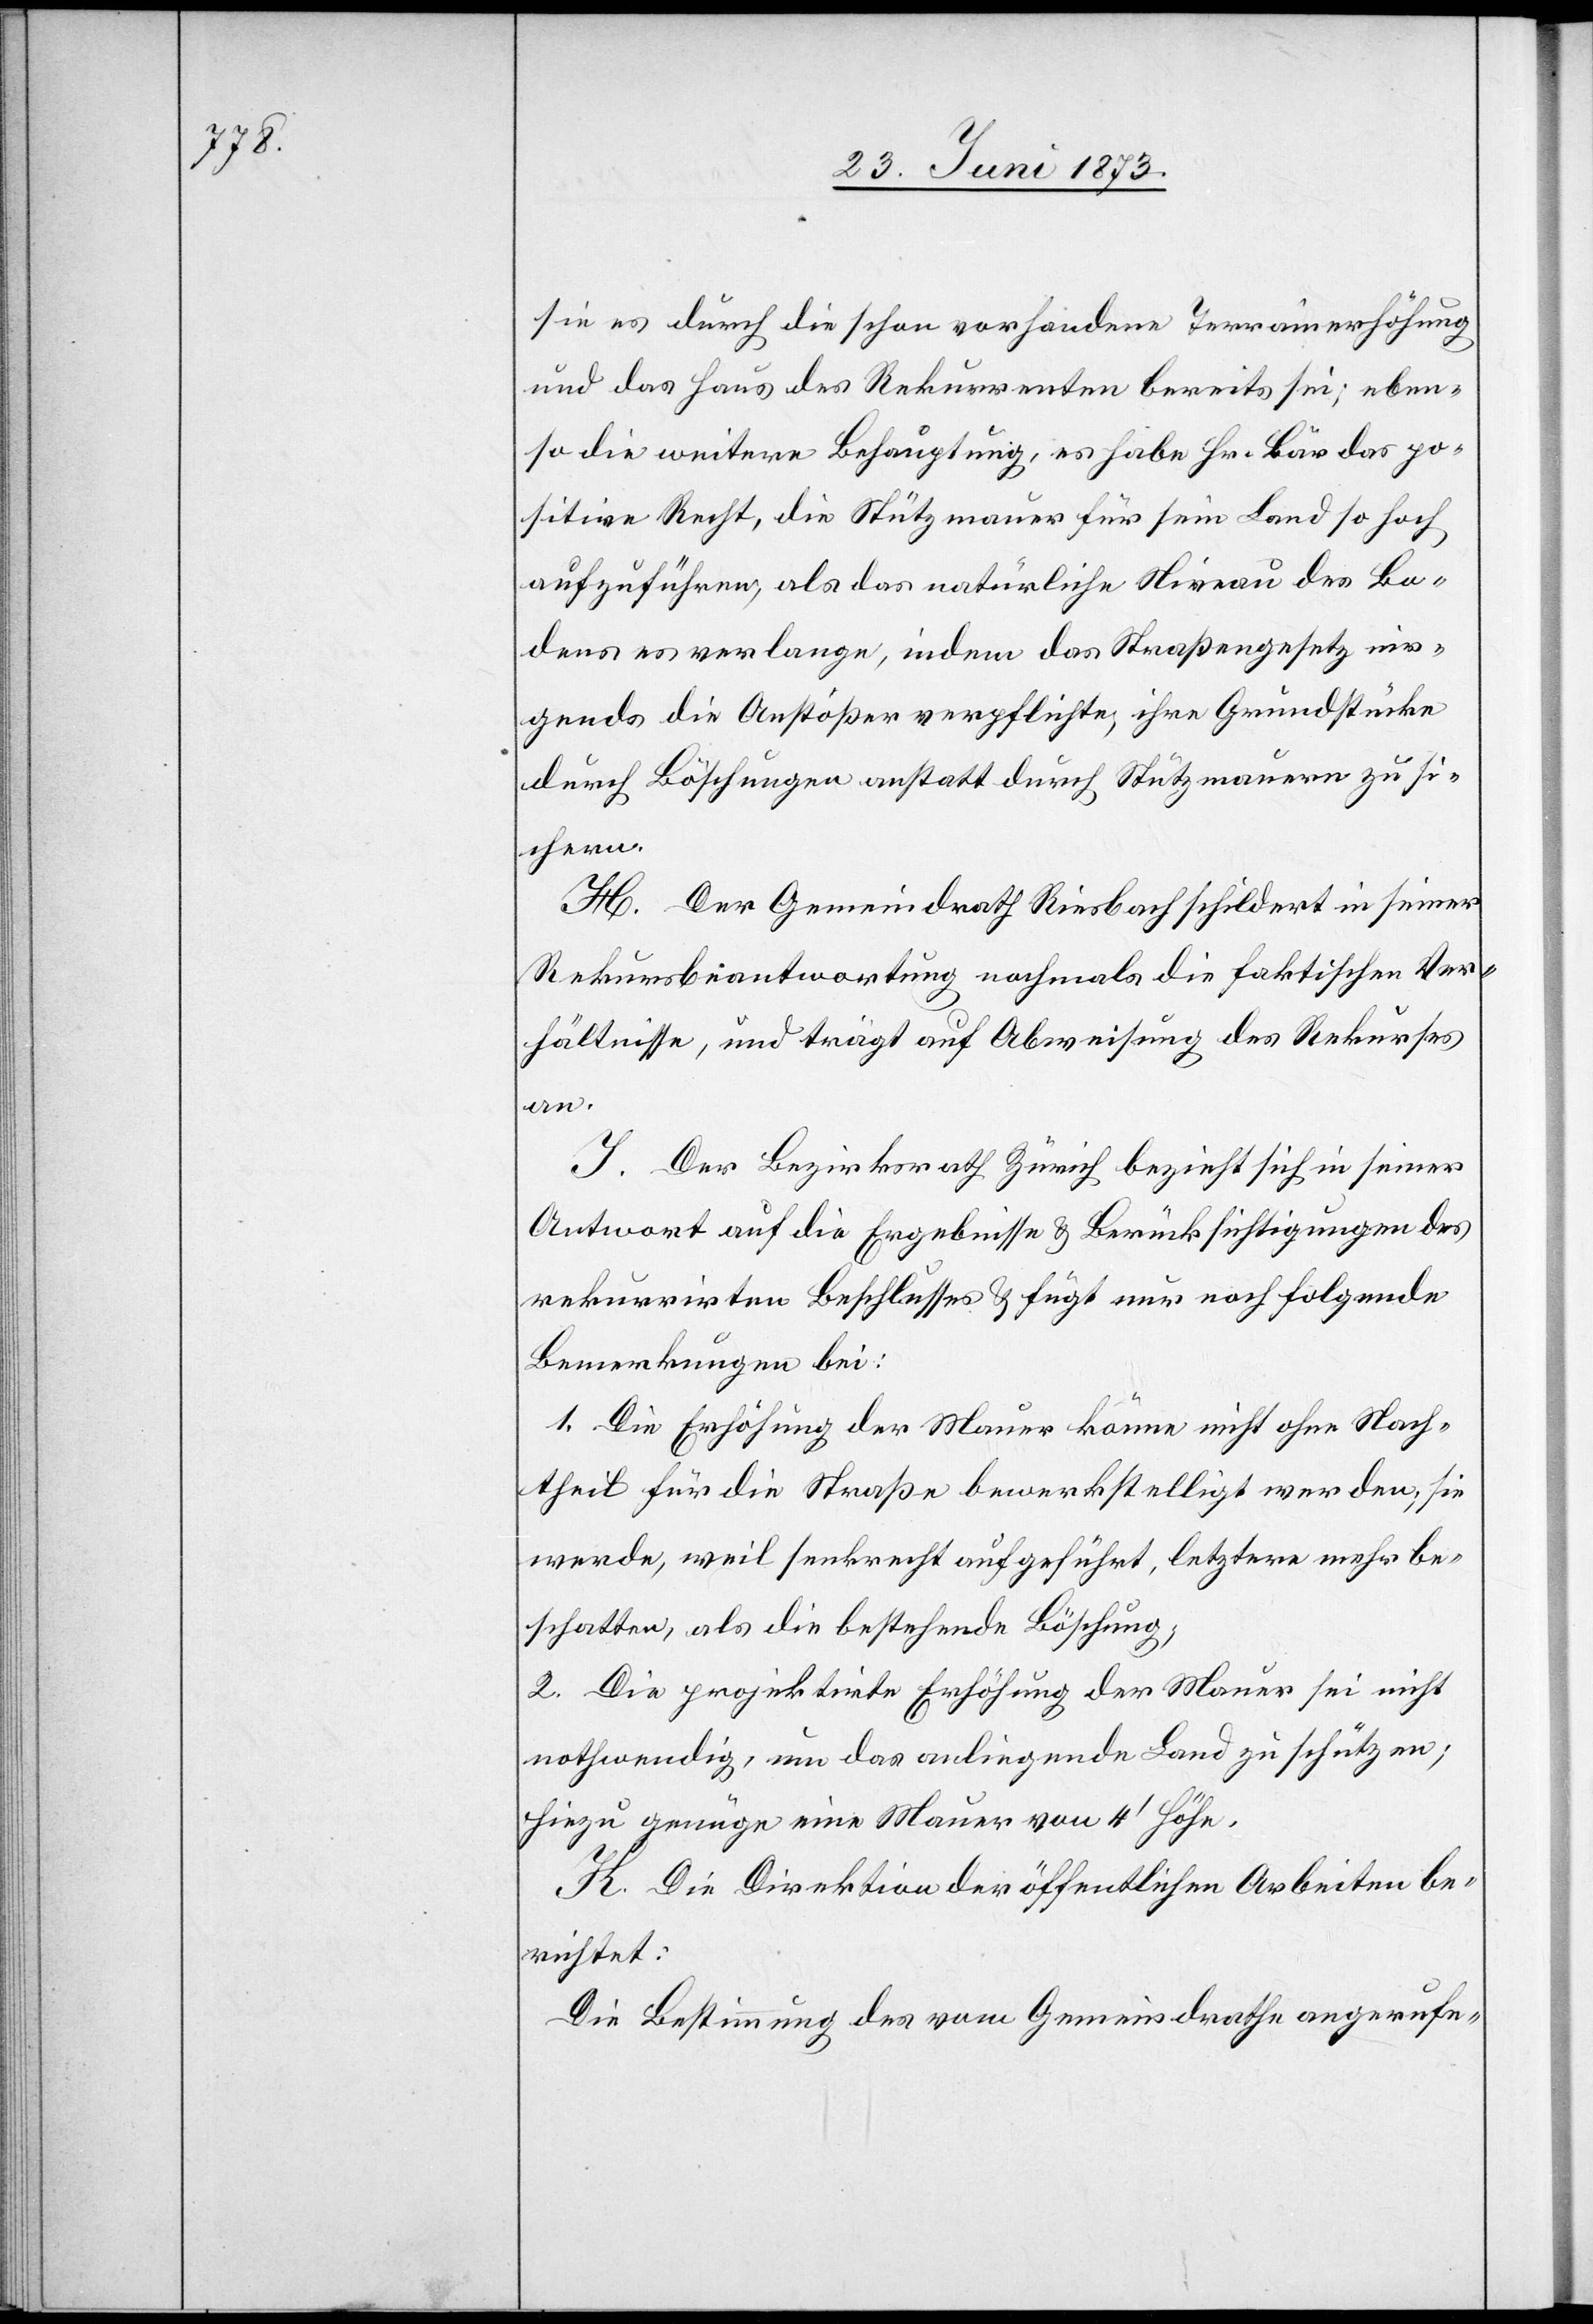
sie es durch die schon vorhandene Terrainerhöhung
und das Haus des Rekurrenten bereits sei; eben¬
so die weitere Behauptung, es habe Hr. Bär das po¬
sitive Recht, die Stützmauer für sein Land so hoch
aufzuführen, als das natürliche Niveau des Bo¬
dens es verlange, indem das Straßengesetz nir¬
gends die Anstößer verpflichte, ihre Grundstücke
durch Böschungen anstatt durch Stützmauern zu si¬
chern.
H. Der Gemeindrath Riesbach schildert in seiner
Rekursbeantwortung nochmals die faktischen Ver¬
hältnisse, und trägt auf Abweisung des Rekurses
an.
I. Der Bezirksrath Zürich bezieht sich in seiner
Antwort auf die Ergebnisse & Berücksichtigungen des
rekurrirten Beschlusses & fügt nur noch folgende
Bemerkungen bei:
1. Die Erhöhung der Mauer könne nicht ohne Nach¬
theil für die Straße bewerkstelligt werden; sie
werde, weil senkrecht aufgeführt, letztere mehr be¬
schatten, als die bestehende Böschung;
2. Die projektirte Erhöhung der Mauer sei nicht
nothwendig, um das anliegende Land zu schützen;
hiezu genüge eine Mauer von 4‘ Höhe.
K. Die Direktion der öffentlichen Arbeiten be¬
richtet:
Die Bestimmung des vom Gemeindrathe angerufe-